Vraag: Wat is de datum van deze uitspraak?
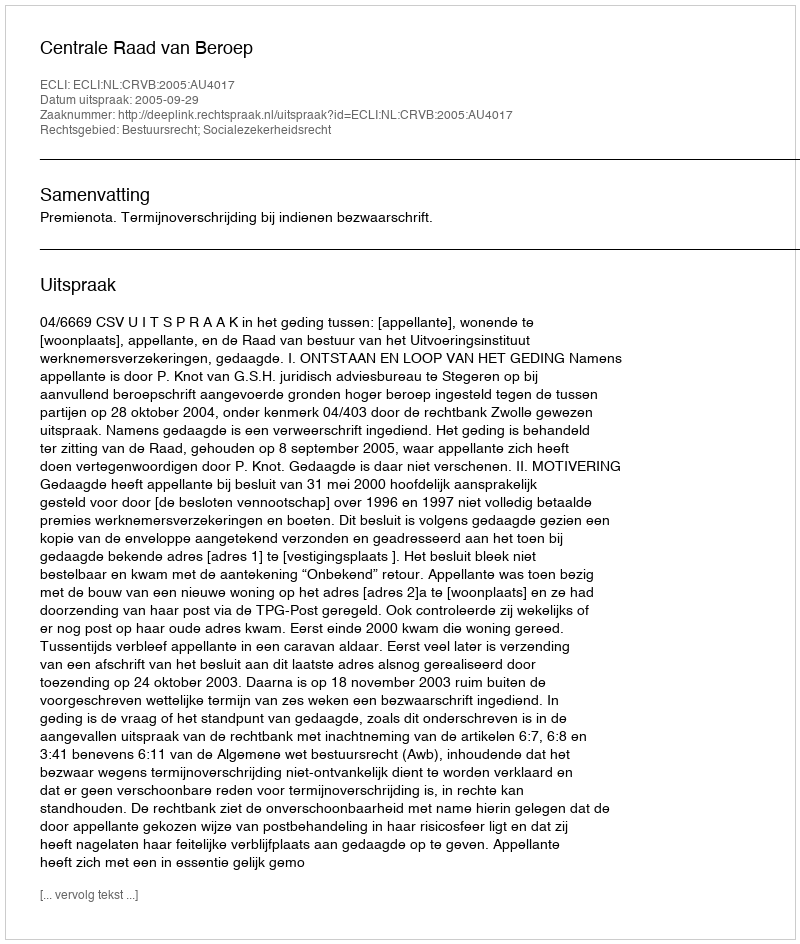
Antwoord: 2005-09-29